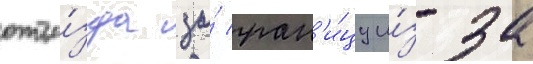
отъе́зда за́ гран'и́цу и́з-за